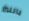
بالليزر